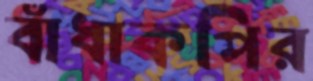
বাঁধাকপির